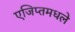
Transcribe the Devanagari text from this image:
एजिप्तमधले